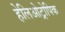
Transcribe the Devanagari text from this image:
हेलिओट्रोपिक